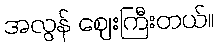
အလွန် ဈေးကြီးတယ်။